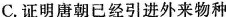
C.证明唐朝已经引进外来物种